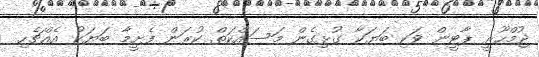
ޖުމްހޫރީ ޕާޓީން ވަކި ބަޔަކާ ގުޅިގެން މަސައްކަތް ކުރަން ފެށީމާ ބަޔަކު އެއްޗެހި